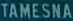
TAMESNA